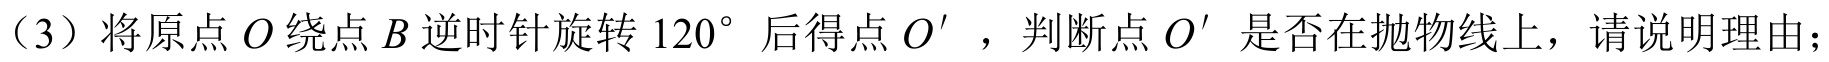
（3）将原点 \(O\) 绕点 \(B\) 逆时针旋转 \(120^{\circ}\) 后得点 \(O'\)，判断点 \(O'\) 是否在抛物线上，请说明理由；